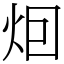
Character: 𤇆